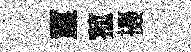
璽菰摄